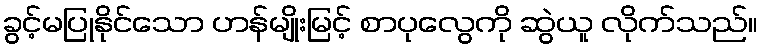
ခွင့်မပြုနိုင်သော ဟန်မျိုးမြင့် စာပုလွေကို ဆွဲယူ လိုက်သည်။